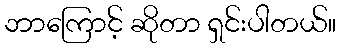
ဘာကြောင့် ဆိုတာ ရှင်းပါတယ်။